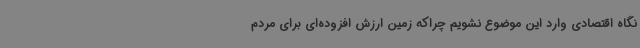
نگاه اقتصادی وارد این موضوع نشویم چراکه زمین ارزش افزوده‌ای برای مردم